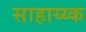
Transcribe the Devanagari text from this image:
साहाय्य्क